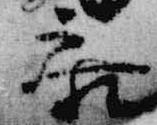
参